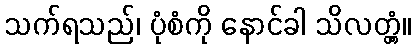
သက်ရသည်၊ ပုံစံကို နောင်ခါ သိလတ္တံ့။